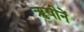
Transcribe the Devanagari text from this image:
ॠषीनें